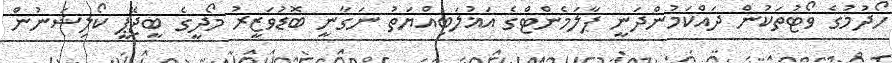
ހޯދުމުގެ ވޯޓުތަކުން ދައްކަމުންދަނީ ޕާލަމެންޓްގެ އަޣުލަބިއްޔަތު ނަގާނީ ބޮޑުވަޒީރު މޯދީގެ ބީޖޭޕީ ކޯލިޝަނުން